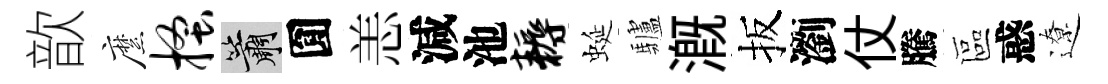
歆縻搔簫圎恙減池耨蜒驢溉扳瀏仗騰區惑遼